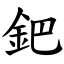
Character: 鈀